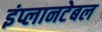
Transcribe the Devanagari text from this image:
इंप्लानटेबल